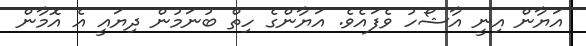
އަޔާން އިނީ އާޝޯހު ވެފައެވެ. އަޔާންގެ ހިތް ބުނަމުން ދިޔައީ އެ އޮމާން